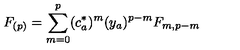
F _ { ( p ) } = \sum _ { m = 0 } ^ { p } ( c _ { a } ^ { * } ) ^ { m } ( y _ { a } ) ^ { p - m } F _ { m , p - m }